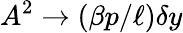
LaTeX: A^{2}\to(\beta p/\ell)\delta y